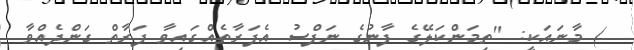
) މާނައަކީ: "ތިމަންކަލޭގެ ފާނުގެ ނަފްސު އެފަރާތެއްގައިވާ ފަރާތް ގަންދެއްވާ